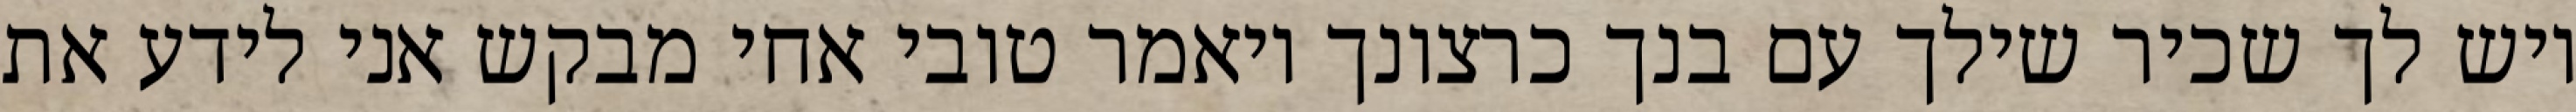
ויש לך שכיר שילך עם בנך כרצונך ויאמר טובי אחי מבקש אני לידע את